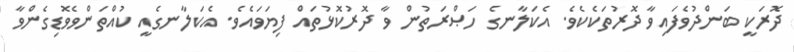
ދޮރަކީ ބަންދުވެފައިވާ ދޮރުތަކެކެވެ. އެކަލާނގެ ހަޞްރަތުން ވާ ދޮރުކޮޅުތައް ފިޔަވައެވެ. އެކަލާނގެއީ ކުއްތަންވެވޮޑިގެންވާ